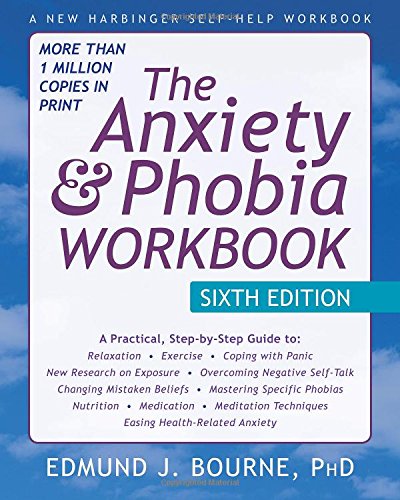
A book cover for The Anxiety and Phobia Workbook; Edmund Bourne PhD; Health, Fitness & Dieting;